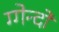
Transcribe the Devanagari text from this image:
ग्गेन्दो